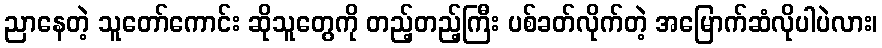
ညာနေတဲ့ သူတော်ကောင်း ဆိုသူတွေကို တည့်တည့်ကြီး ပစ်ခတ်လိုက်တဲ့ အမြောက်ဆံလိုပါပဲလား၊